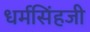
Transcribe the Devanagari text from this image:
धर्मसिंहजी